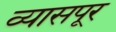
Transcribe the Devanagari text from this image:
व्यासपूर